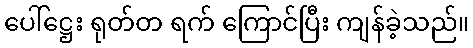
ပေါ်ဋ္ဌေး ရုတ်တ ရက် ကြောင်ပြီး ကျန်ခဲ့သည်။